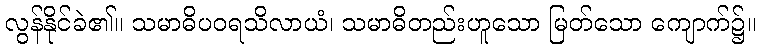
လွန်နိုင်ခဲ၏။ သမာဓိပဝရသိလာယံ၊ သမာဓိတည်းဟူသော မြတ်သော ကျောက်၌။